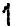
1